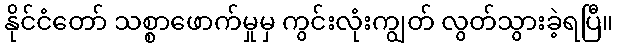
နိုင်ငံတော် သစ္စာဖောက်မှုမှ ကွင်းလုံးကျွတ် လွတ်သွားခဲ့ရပြီ။